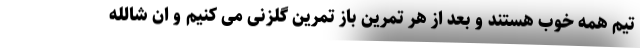
تیم همه خوب هستند و بعد از هر تمرین باز تمرین گلزنی می کنیم و ان شالله